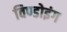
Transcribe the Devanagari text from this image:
विण्डोइंग